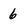
Character: 6